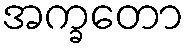
အက္ခတော